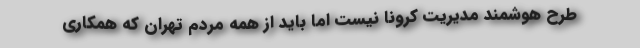
طرح هوشمند مدیریت کرونا نیست اما باید از همه مردم تهران که همکاری